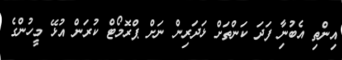
އިންތި އެބުނިާ ފަދަ ކަންތަށް ޅަދަރިން ނަށް ޕްރޮމޯޓް ކުރަން އުޅޭ މީހުންގެ